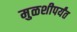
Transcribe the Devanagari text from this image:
मुळशीपर्यंत